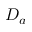
D _ { a }